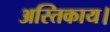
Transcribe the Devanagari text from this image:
अस्तिकाय।